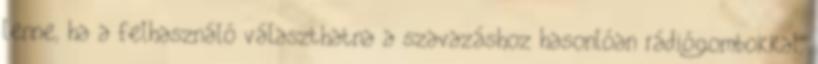
lenne, ha a felhasználó választhatna a szavazáshoz hasonlóan rádiógombokkal,